Development of the parasite of Indian kala azar - Number 53
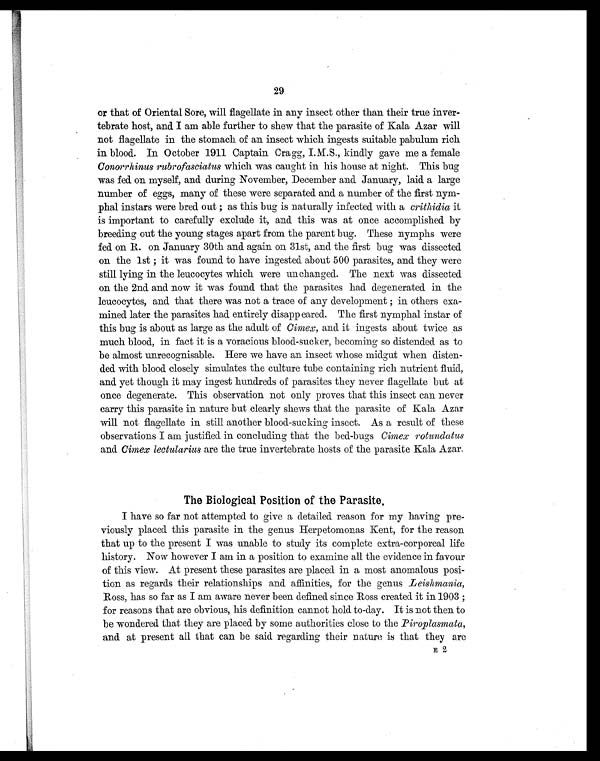
29
or that of Oriental Sore, will flagellate in any insect other than their true inver-
tebrate host, and I am able further to show that the parasite of Kala Azar will
not flagellate in the stomach of an insect which ingests suitable pabulum rich
in blood. In October 1911 Captain Cragg, kindly gave me a female
Conorrhinus rubrofasciatus which was caught in his house at night. This bug
was fed on myself, and during November, December and January, laid a large
number of eggs, many of these were separated and a number of the first nym-
phal instars were bred out ; as this bug is naturally infected with a crithidia it
is important to carefully exclude it, and this was at once accomplished by
breeding out the young stages apart from the parent bug. These nymphs were
fed on R. on January 30th and again on 31st, and the first bug was dissected
on the 1st ; it was found to have ingested about 500 parasites, and they were
still lying in the leucocytes which were unchanged. The next was dissected
on the 2nd. and now it was found that the parasites had degenerated. in the
leucocytes, and that there was not a trace of any development ; in others exa-
mined later the parasites had entirely disappeared. The first nymphal instar of
this bug is about as large as the adult of Cimex, and it ingests about twice as
much blood, in fact it is a voracious blood-sucker, becoming so distended as to
be almost unrecognisable. Here we have an insect whose midgut when disten-
ded with blood closely simulates the culture tube containing rich nutrient fluid,
and yet though it may ingest hundreds of parasites they never flagellate but at
once degenerate. This observation not only proves that this insect can never
carry this parasite in nature but clearly shows that the parasite of Kala Azar
will not flagellate in still another blood-sucking insect. As a result of these
observations I am justified in concluding that the bed-bugs Cimex rotundatus
and. Cimex lectularius are the true invertebrate hosts of the parasite Kala Azar,
The Biological Position of the Parasite,
I have so far not attempted to give a detailed reason for my having pre-
viously placed this parasite in the genus Herpetomonas Kent, for the reason
that up to the present I was unable to study its complete extra-corporeal life
history. Now however I am in a position to examine all the evidence in favour
of this view. At present these parasites are placed in a most anomalous posi-
tion as regards their relationships and affinities, for the genus Leishmania,
Ross, has so far as I am aware never been defined since Ross created it in 1903 ;
for reasons that are obvious, his definition cannot hold to-day. It is not then to
be wondered that they are placed. by some authorities close to the Piroplctsmata,
and. at present all that can be said regarding their nature is that they are
E 2